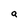
Character: a